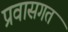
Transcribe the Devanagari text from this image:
प्रवासगत